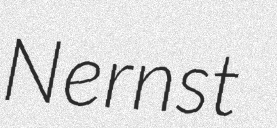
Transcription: Nernst